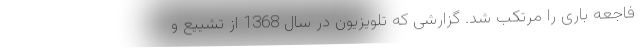
فاجعه باری را مرتکب شد. گزارشی که تلویزیون در سال 1368 از تشییع و